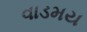
વાડમય